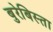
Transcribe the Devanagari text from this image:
बुरेबिस्ता